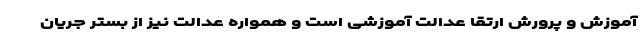
آموزش و پرورش ارتقا عدالت آموزشی است و همواره عدالت نیز از بستر جریان